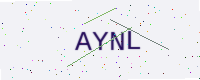
Text: AYNL